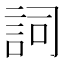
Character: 詞